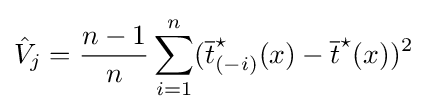
{\hat {V}}_{j}={\frac {n-1}{n}}\sum _{i=1}^{n}({\overline {t}}_{(-i)}^{\star }(x)-{\overline {t}}^{\star }(x))^{2}